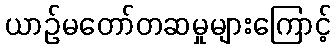
ယာဉ်မတော်တဆမှုများကြောင့်